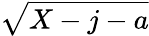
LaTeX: \sqrt{X-j-a}